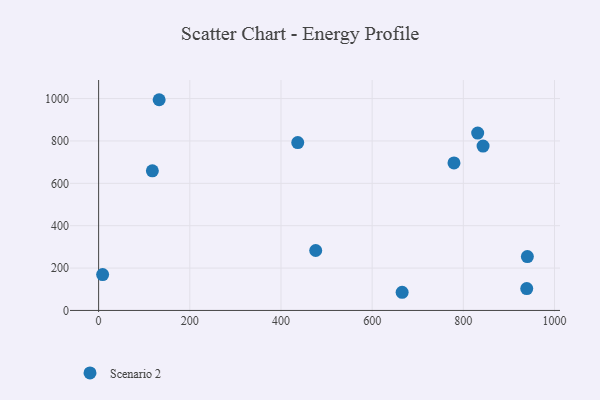
{"axis": {"x": "Study Hours", "y": "Demand"}, "legend": ["Scenario 2"], "data": [{"x": "8.8", "y": 169.3, "type": "Scenario 2"}, {"x": "939.1", "y": 103.3, "type": "Scenario 2"}, {"x": "831.5", "y": 837.0, "type": "Scenario 2"}, {"x": "665.8", "y": 85.8, "type": "Scenario 2"}, {"x": "779.5", "y": 696.2, "type": "Scenario 2"}, {"x": "436.8", "y": 792.5, "type": "Scenario 2"}, {"x": "132.8", "y": 994.6, "type": "Scenario 2"}, {"x": "476.2", "y": 282.9, "type": "Scenario 2"}, {"x": "843.3", "y": 775.7, "type": "Scenario 2"}, {"x": "117.9", "y": 659.1, "type": "Scenario 2"}, {"x": "940.5", "y": 254.3, "type": "Scenario 2"}]}